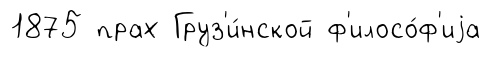
1875 прах Груз'и́нской ф'илосо́ф'иjа